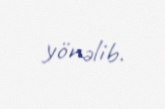
yönəlib.